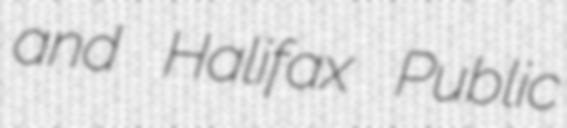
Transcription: and Halifax Public